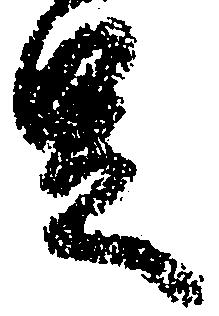
足